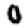
Digit: 0